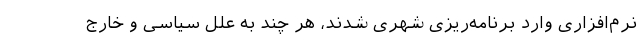
نرم‌افزاری وارد برنامه‌ریزی شهری شدند، هر چند به علل سیاسی و خارج